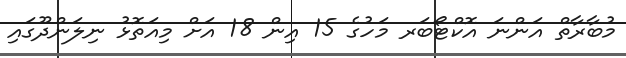
މުބާރާތް އަންނަ އޮކްޓޯބަރ މަހުގެ 15 އިން 18 އަށް މިއަތޮޅު ނިލަންދޫގައި